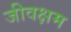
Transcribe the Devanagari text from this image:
जीवक्षम